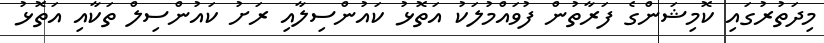
މިދަތުރުގައި ކޮމިޝަންގެ ފަރާތުން ފުވައްމުލަކު އަތޮޅު ކައުންސިލާއި ރަށު ކައުންސިލް ތަކާއި އަތޮޅު